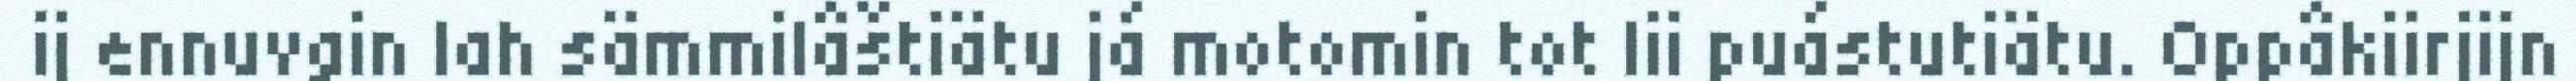
ij ennuvgin lah sämmilâštiätu já motomin tot lii puástutiätu. Oppâkiirjijn